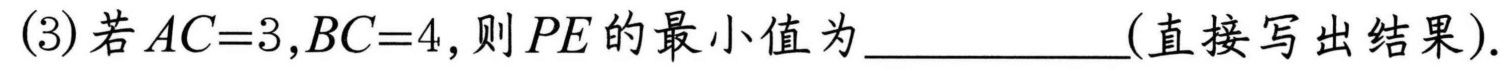
(3)若\(AC = 3,BC = 4\),则\(PE\)的最小值为____________(直接写出结果).